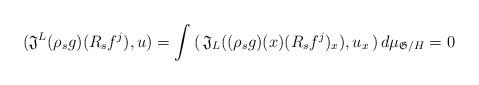
LaTeX: \begin{align*}(\mathfrak{J}^L (\rho_s g)(R_s f^j), u) = \int \, (\, \mathfrak{J}_L ((\rho_s g)(x)(R_s f^j)_x ), u_x \,) \, d\mu_{\mathfrak{G}/H} = 0\end{align*}